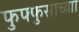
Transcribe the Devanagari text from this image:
फुफ्फुसाच्याा